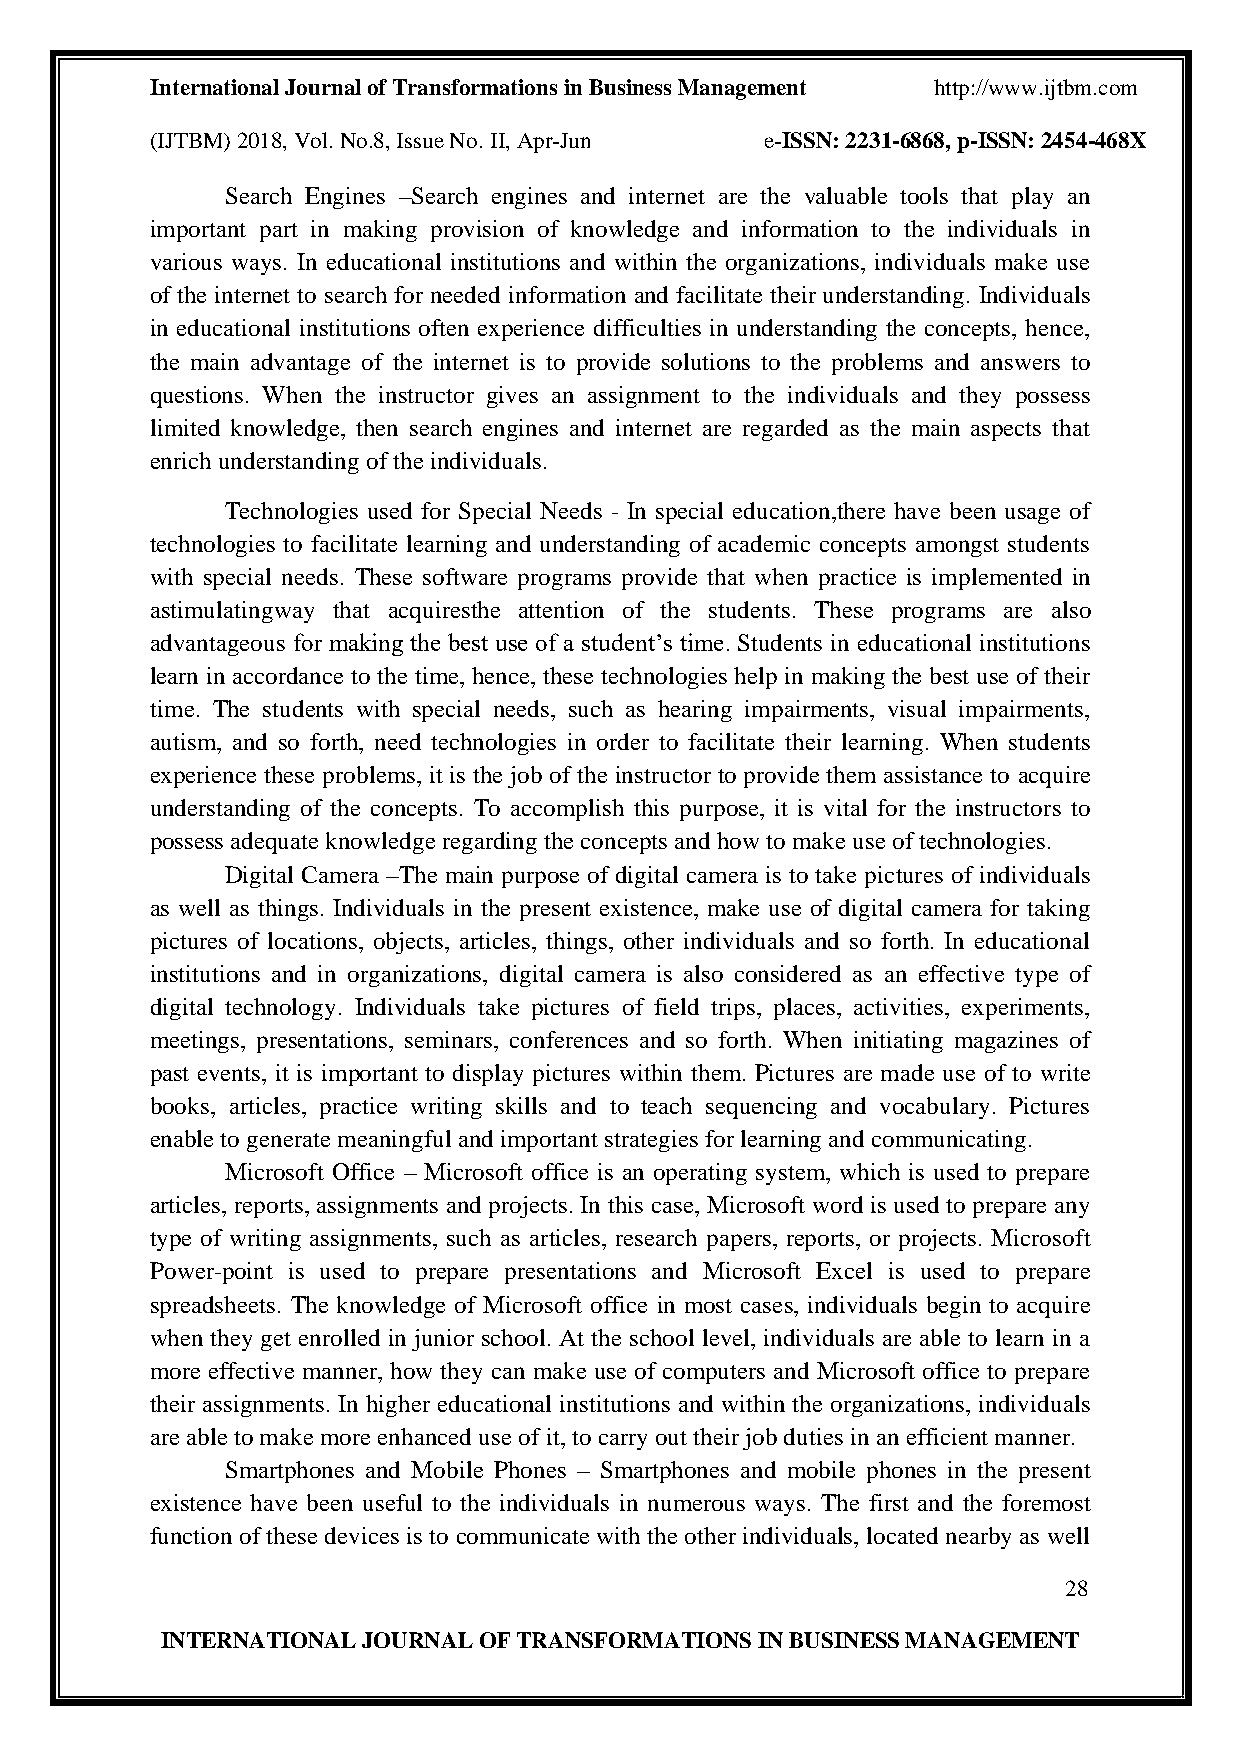
International Journal of Transformations in Business Management http://www.ijtbm.com
 (IJTBM) 2018, Vol. No.8, Issue No. II, Apr-Jun e-ISSN: 2231-6868, p-ISSN: 2454-468X
 Search Engines –Search engines and internet are the valuable tools that play an
 important part in making provision of knowledge and information to the individuals in
 various ways. In educational institutions and within the organizations, individuals make use
 of the internet to search for needed information and facilitate their understanding. Individuals
 in educational institutions often experience difficulties in understanding the concepts, hence,
 the main advantage of the internet is to provide solutions to the problems and answers to
 questions. When the instructor gives an assignment to the individuals and they possess
 limited knowledge, then search engines and internet are regarded as the main aspects that
 enrich understanding of the individuals.
 Technologies used for Special Needs - In special education,there have been usage of
 technologies to facilitate learning and understanding of academic concepts amongst students
 with special needs. These software programs provide that when practice is implemented in
 astimulatingway that acquiresthe attention of the students. These programs are also
 advantageous for making the best use of a student’s time. Students in educational institutions
 learn in accordance to the time, hence, these technologies help in making the best use of their
 time. The students with special needs, such as hearing impairments, visual impairments,
 autism, and so forth, need technologies in order to facilitate their learning. When students
 experience these problems, it is the job of the instructor to provide them assistance to acquire
 understanding of the concepts. To accomplish this purpose, it is vital for the instructors to
 possess adequate knowledge regarding the concepts and how to make use of technologies.
 Digital Camera –The main purpose of digital camera is to take pictures of individuals
 as well as things. Individuals in the present existence, make use of digital camera for taking
 pictures of locations, objects, articles, things, other individuals and so forth. In educational
 institutions and in organizations, digital camera is also considered as an effective type of
 digital technology. Individuals take pictures of field trips, places, activities, experiments,
 meetings, presentations, seminars, conferences and so forth. When initiating magazines of
 past events, it is important to display pictures within them. Pictures are made use of to write
 books, articles, practice writing skills and to teach sequencing and vocabulary. Pictures
 enable to generate meaningful and important strategies for learning and communicating.
 Microsoft Office – Microsoft office is an operating system, which is used to prepare
 articles, reports, assignments and projects. In this case, Microsoft word is used to prepare any
 type of writing assignments, such as articles, research papers, reports, or projects. Microsoft
 Power-point is used to prepare presentations and Microsoft Excel is used to prepare
 spreadsheets. The knowledge of Microsoft office in most cases, individuals begin to acquire
 when they get enrolled in junior school. At the school level, individuals are able to learn in a
 more effective manner, how they can make use of computers and Microsoft office to prepare
 their assignments. In higher educational institutions and within the organizations, individuals
 are able to make more enhanced use of it, to carry out their job duties in an efficient manner.
 Smartphones and Mobile Phones – Smartphones and mobile phones in the present
 existence have been useful to the individuals in numerous ways. The first and the foremost
 function of these devices is to communicate with the other individuals, located nearby as well
 28
 INTERNATIONAL JOURNAL OF TRANSFORMATIONS IN BUSINESS MANAGEMENT